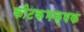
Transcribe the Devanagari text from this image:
कीटकभक्षक